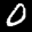
Label: 0